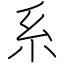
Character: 系